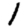
Digit: 1